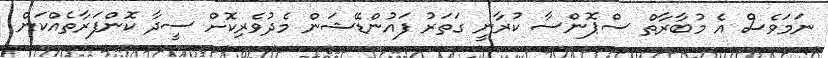
ނަމަވެސް އެ މުބާރާތް ސްޕޮންސާ ކުރާނީ ގަތަރު ފައުންޑޭޝަން މެދުވެރިކޮށް ސީދާ ކޮންފަރާތެއްކަން